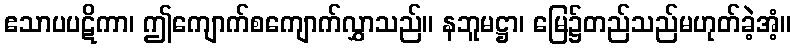
ဧသာပပဋိကာ၊ ဤကျောက်စကျောက်လွှာသည်။ နဘူမဋ္ဌာ၊ မြေ၌တည်သည်မဟုတ်ခဲ့အံ့။